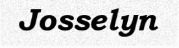
Josselyn